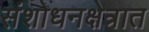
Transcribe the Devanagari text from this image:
संशोधनक्षेत्रात